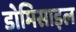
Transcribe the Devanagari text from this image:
डोमिसाइल